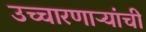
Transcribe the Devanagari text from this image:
उच्चारणाऱ्यांची